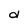
Character: d